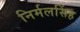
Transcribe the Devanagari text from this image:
निर्मलसिंह